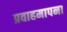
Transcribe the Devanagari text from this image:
प्रवाहमापना